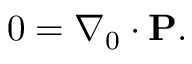
0 = \nabla _ { 0 } \cdot \mathbf { P } .